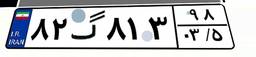
۸۲گ۸۱۳۹۸